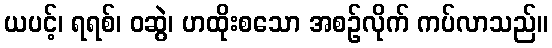
ယပင့်၊ ရရစ်၊ ဝဆွဲ၊ ဟထိုးစသော အစဉ်လိုက် ကပ်လာသည်။